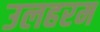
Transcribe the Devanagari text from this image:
उलहरम